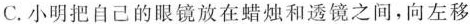
C. 小明把自己的眼镜放在蜡烛和透镜之间，向左移